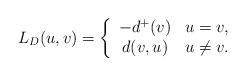
LaTeX: \begin{align*}L_D(u,v) = \left\{\begin{array}{cl} -d^+(v) & u=v, \\d(v, u) & u\neq v. \end{array} \right.\end{align*}